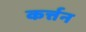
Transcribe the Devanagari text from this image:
कर्त्तन